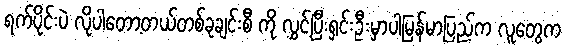
ရက်ပိုင်းပဲ လိုပါတော့တယ်တစ်ခုချင်းစီ ကို လွှင့်ပြီးရှင်းဦးမှာပါမြန်မာပြည်က လူတွေက